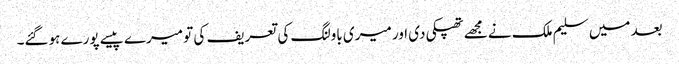
بعد میں سلیم ملک نے مجھے تھپکی دی اور میری باولنگ کی تعریف کی تو میرے پیسے پورے ہوگئے۔